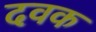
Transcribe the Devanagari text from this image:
दवक